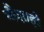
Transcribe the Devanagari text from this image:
नौशाही